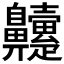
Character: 𮮹